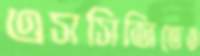
এসসিজিতেও